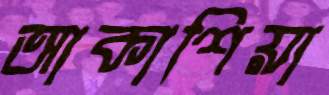
আকাশিয়া